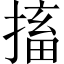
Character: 搐